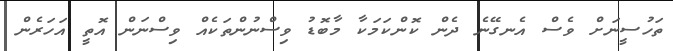
ތަހުސީނަށް ވެސް އެނގޭނެ ދެން ކޮންކަމަކާ މާބޮޑު ވިސްނުންތަކެއް ވިސްނަން އޮތީ އަހަރެން